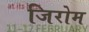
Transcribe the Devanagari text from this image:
जिरोम